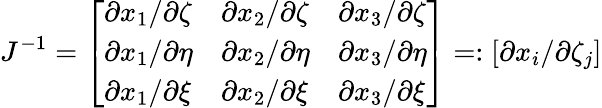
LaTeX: J^{-1}=\left[\begin{array}{lll}{\partial x_{1}/\partial\zeta}&{\partial x_{2}/\partial\zeta}&{\partial x_{3}/\partial\zeta}\\ {\partial x_{1}/\partial\eta}&{\partial x_{2}/\partial\eta}&{\partial x_{3}/\partial\eta}\\ {\partial x_{1}/\partial\xi}&{\partial x_{2}/\partial\xi}&{\partial x_{3}/\partial\xi}\end{array}\right]=:\left[\partial x_{i}/\partial\zeta_{j}\right]